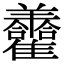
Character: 𦏮